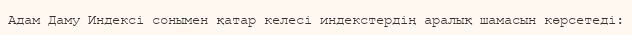
Адам Даму Индексі сонымен қатар келесі индекстердің аралық шамасын көрсетеді: